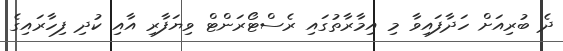
ދެ ބުރިއަށް ހަދާފައިވާ މި އިމާރާތުގައި ރެސްޓޯރަންޓް ވިޔަފާރި އާއި ކުދި ފިހާރައިގެ